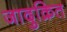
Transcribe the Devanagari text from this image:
जादुक्रित